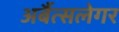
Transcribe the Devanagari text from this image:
अर्बैत्सलेगर